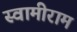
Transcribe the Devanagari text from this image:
स्वामीराम